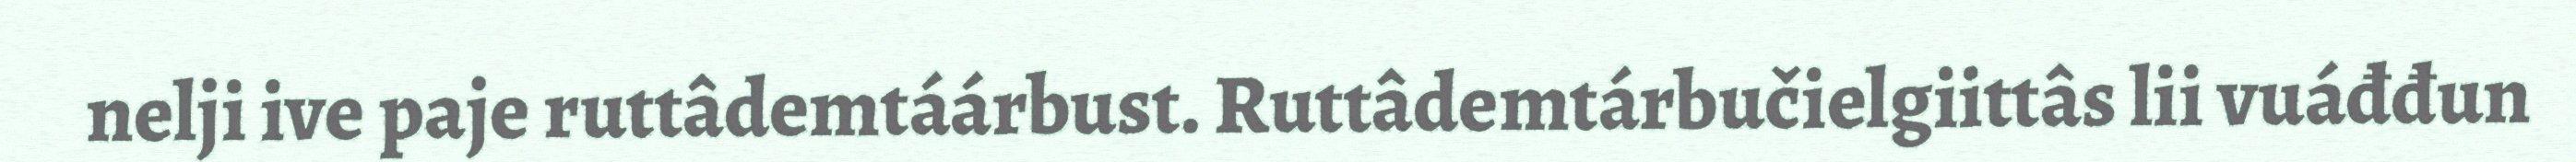
nelji ive paje ruttâdemtáárbust. Ruttâdemtárbučielgiittâs lii vuáđđun